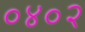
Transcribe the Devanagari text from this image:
०४०२